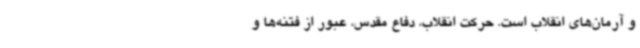
و آرمان‌های انقلاب است. حرکت انقلاب، دفاع مقدس، عبور از فتنه‌ها و